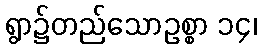
ရွာ၌တည်သောဥစ္စာ ၁၄၊